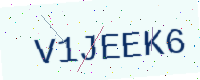
Text: V1JEEK6